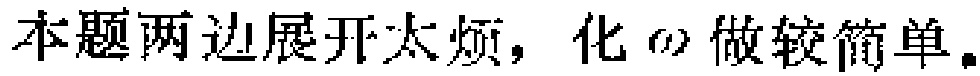
本题两边展开太烦，化 \(\omega\) 做较简单。